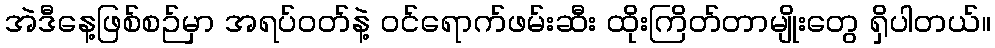
အဲဒီနေ့ဖြစ်စဉ်မှာ အရပ်ဝတ်နဲ့ ဝင်ရောက်ဖမ်းဆီး ထိုးကြိတ်တာမျိုးတွေ ရှိပါတယ်။